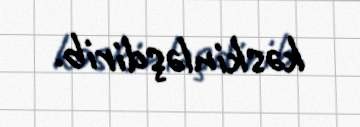
kəskinləşdirib.